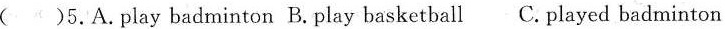
( )5.A.play badminton B.Play basketball C.played badminton